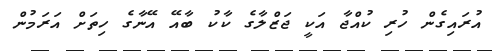
އުރައިގެން ހުރި ކުއްޖާ އަކީ ޖަޒްލާގެ ކާކު ބާއޭ އޭނާގެ ހިތަށް އަރަމުން